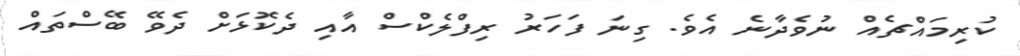
ކުރިމައްޗެއް ނުވެދާނެ އެވެ. ގިނަ ފަހަރު ރިފްލެކްސް އާއި ދެކޮޅަށް ދެވޭ ބޭސްތައް